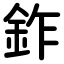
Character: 鈼